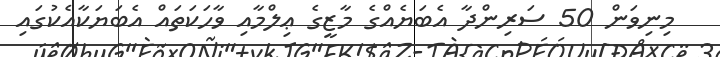
މިނިވަން 50 ސަރިންދާ އެބަޔެއްގެ މާޒީގެ ޢިލްމާއި ވާހަކަތައް އެބަޔަކާއެކުގައި